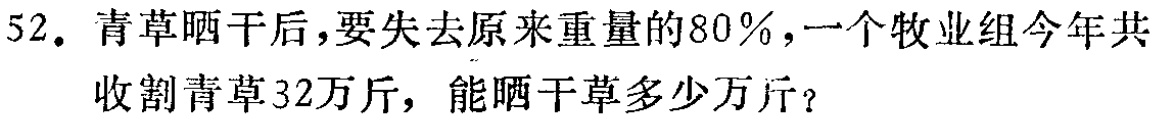
52. 青草晒干后，要失去原来重量的80％，一个牧业组今年共收割青草32万斤，能晒干草多少万斤？